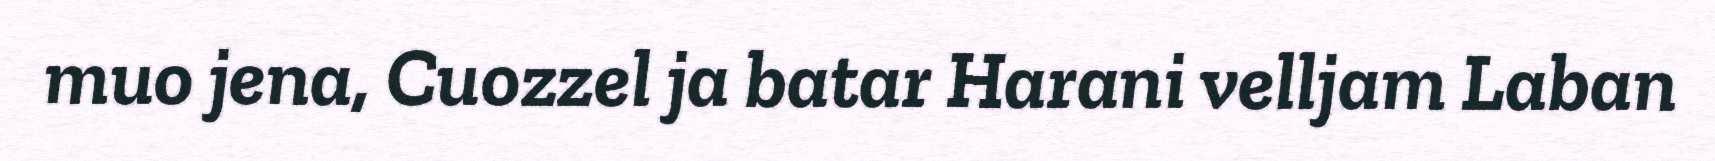
muo jena, Cuozzel ja batar Harani velljam Laban